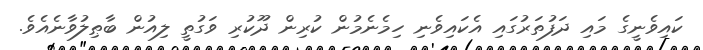
ކައިވެނީގެ މައި ދަފުތަރުގައި އެކައިވެނި ހިމެނެމުން ކުރިން ދޫކުރި ވަގުތީ ލިއުން ބާޠިލުވާނެއެވެ.